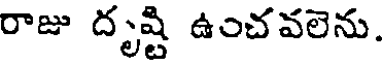
రాజు దృష్టి ఉంచవలెను.